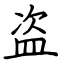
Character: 盗